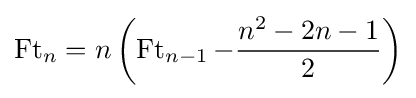
\operatorname {Ft} _{n}=n\left(\operatorname {Ft} _{n-1}-{\frac {n^{2}-2n-1}{2}}\right)